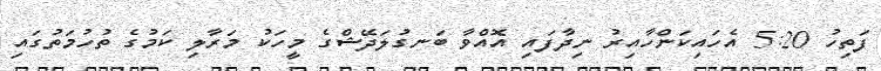
ފަތިހު 5:20 އެހައިކަންހާއިރު ނިދާފައި އޮއްވާ ބަނގުލަދޭޝްގެ މީހަކު މަރާލި ކަމުގެ ތުހުމަތުގައި